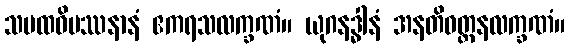
သမထဝိပဿနာနံ ဧကရသလက္ခဏံ။ ယုဂနဒ္ဓါနံ အနတိဝတ္တနလက္ခဏံ။